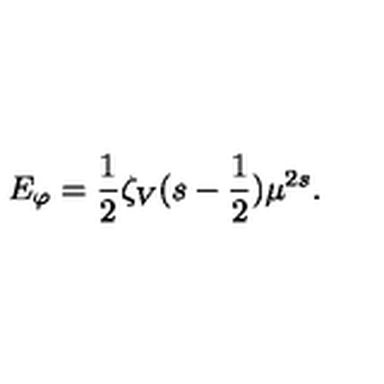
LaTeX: E _ { \varphi } = \frac 1 2 \zeta _ { V } ( s - \frac 1 2 ) \mu ^ { 2 s } .